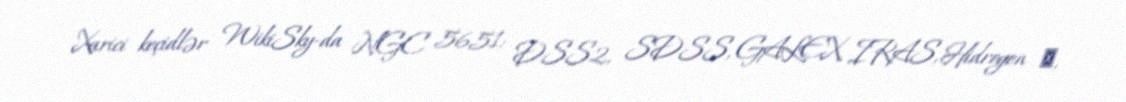
Xarici keçidlər WikiSky-da NGC 5651: DSS2, SDSS, GALEX, IRAS, Hidrogen α,